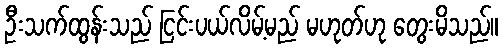
ဦးသက်ထွန်းသည် ငြင်းပယ်လိမ့်မည် မဟုတ်ဟု တွေးမိသည်။